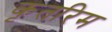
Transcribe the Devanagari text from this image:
कृतरिम